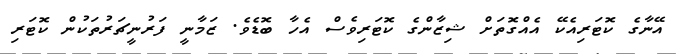
އޭނާގެ ކޮޓަރިއެކޭ އެއްގޮަތަށް ޝިޒާންގެ ކޮޓަރިވެސް އެހާ ބޮޑެވެ. ޒަމާނީ ފަރުނީޗަރުތަކުން ކޮޓަރި